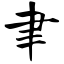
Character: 聿